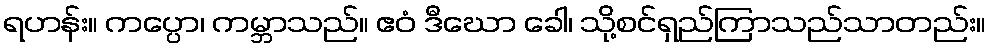
ရဟန်း။ ကပ္ပော၊ ကမ္ဘာသည်။ ဧဝံ ဒီဃော ခေါ၊ သို့စင်ရှည်ကြာသည်သာတည်း။